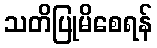
သတိပြုမိစေရန်